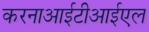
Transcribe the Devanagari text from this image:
करनाआईटीआईएल